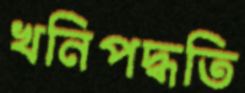
খনিপদ্ধতি